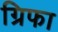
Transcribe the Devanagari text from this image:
ग्रिफा